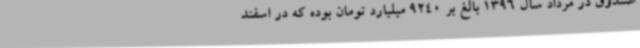
صندوق در مرداد سال 1396 بالغ بر 9240 میلیارد تومان بوده که در اسفند